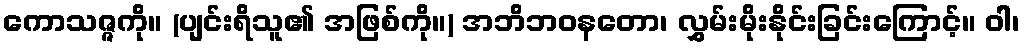
ကောသဇ္ဇကို။ (ပျင်းရိသူ၏ အဖြစ်ကို။) အဘိဘဝနတော၊ လွှမ်းမိုးနိုင်းခြင်းကြောင့်။ ဝါ၊